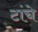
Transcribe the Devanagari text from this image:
टांचे